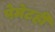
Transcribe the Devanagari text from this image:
पेमेंटही